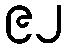
၉၂